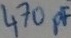
Text: 470pF